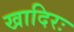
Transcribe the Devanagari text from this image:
खादिरः